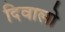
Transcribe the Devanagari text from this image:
दिवालो